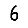
Digit: 6